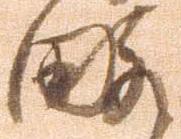
略